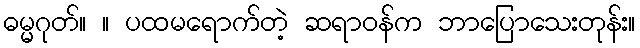
ဓမ္မဂုတ်။ ။ ပထမရောက်တဲ့ ဆရာဝန်က ဘာပြောသေးတုန်း။